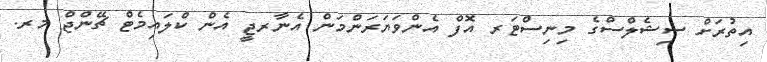
އިތުރަށް ސިޝެލްސްގެ މިނިސްޓަރ އޮފް އެންވަޔަރަންމަން އެނާރޖީ އެން ކްލައިމެޓް ޗޭންޖް މރ.